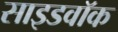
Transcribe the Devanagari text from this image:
साइडवॉक